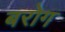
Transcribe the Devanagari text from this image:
बरोग